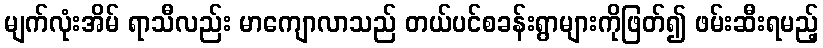
မျက်လုံးအိမ် ရာသီလည်း မာကျောလာသည် တယ်ပင်စခန်းရွာများကိုဖြတ်၍ ဖမ်းဆီးရမည့်